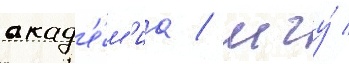
акад'е́м'иа / мгу́ /